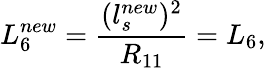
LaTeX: L_{6}^{new}=\frac{(l_{s}^{new})^{2}}{R_{11}}=L_{6},